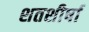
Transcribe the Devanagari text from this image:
शतशीर्षा